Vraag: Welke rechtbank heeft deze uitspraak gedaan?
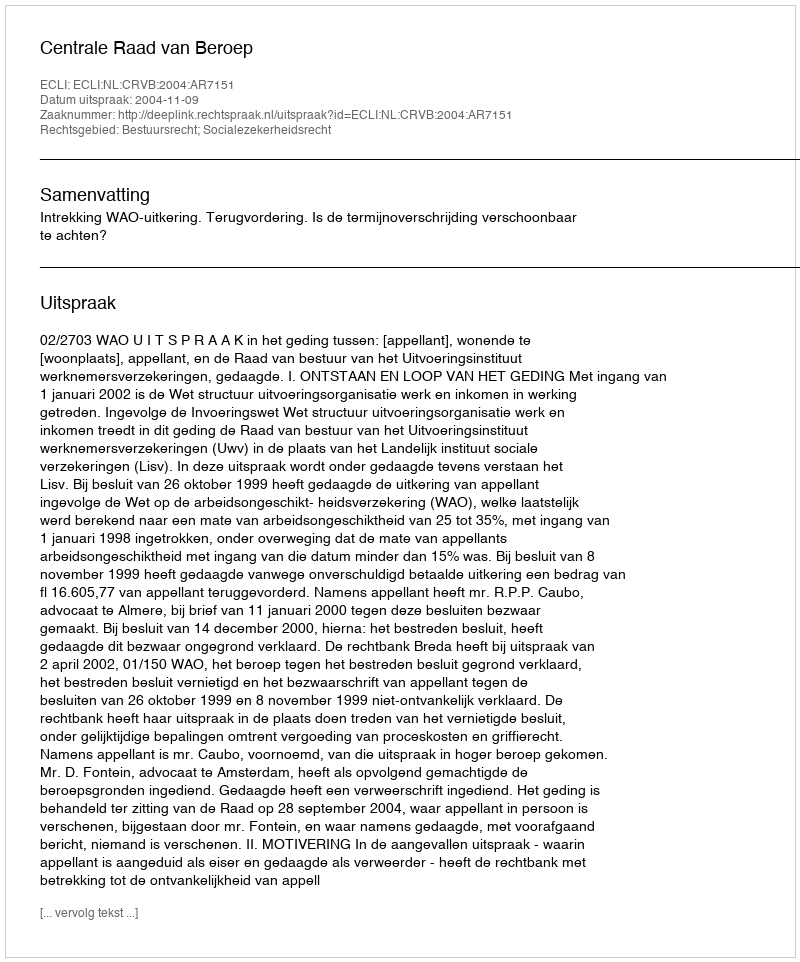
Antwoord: Centrale Raad van Beroep